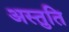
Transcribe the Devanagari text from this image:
अस्तुति